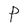
Character: P